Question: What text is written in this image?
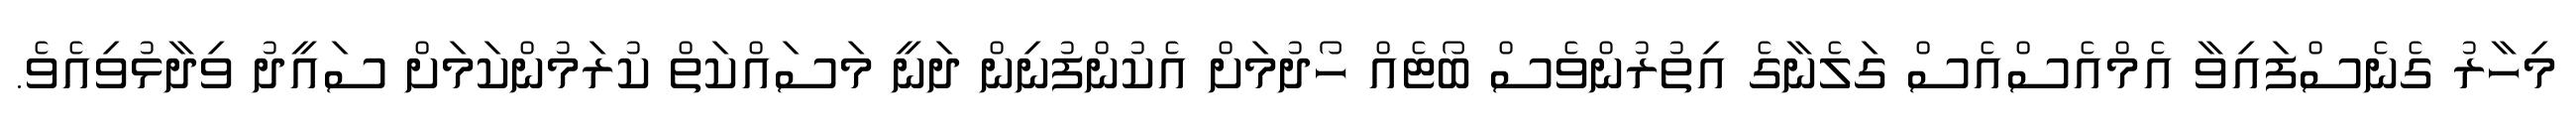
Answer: މިހާރު ގެނެސްފައިވާ އެމްއެސްއެސް ގަލެނާގެ އިތުރުންވެސް ބޯޓެއް ހޯދުމަށް އެކުންފުނިން ދަނީ މަސައްކަތް ކުރަމުންކަމަށް ސައީދު ވިދާޅުވިއެވެ.